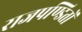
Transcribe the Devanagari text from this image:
राजपण्डितों